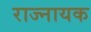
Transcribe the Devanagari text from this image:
राज्नायक